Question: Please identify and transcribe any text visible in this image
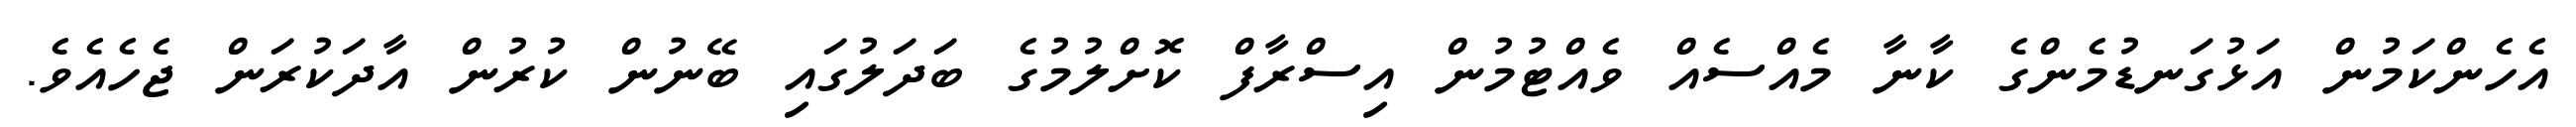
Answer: އެހެންކަމުން އަޅުގަނޑުމެންގެ ކާނާ މެއްސެއް ވެއްޓުމުން އިސްރާފް ކޮށްލުމުގެ ބަދަލުގައި ބޭނުން ކުރުން އާދަކުރަން ޖެހެއެވެ.